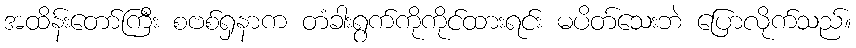
အထိန်းတော်ကြီး စဗစ်ရှနာက တံခါးရွက်ကိုကိုင်ထားရင်း မပိတ်သေးဘဲ ပြောလိုက်သည်။